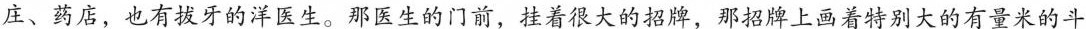
庄、药店，也有拔牙的洋医生。那医生的门前，挂着很大的招牌，那招牌上画着特别大的有量米的斗